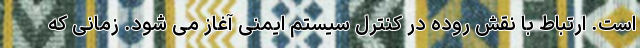
است. ارتباط با نقش روده در کنترل سیستم ایمنی آغاز می شود. زمانی که